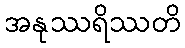
အနုဿရိဿတိ